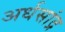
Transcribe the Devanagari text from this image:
अर्धसांद्र